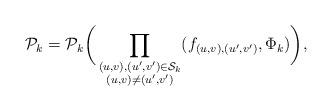
LaTeX: \begin{align*}\mathcal P_k=\mathcal P_k\biggl(\,\prod_{\substack{(u,v),(u',v')\in\mathcal S_k\cr (u,v)\ne(u',v')}}(f_{(u,v),(u',v')},\Phi_k)\biggr),\end{align*}